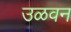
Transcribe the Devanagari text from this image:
उळवन